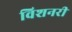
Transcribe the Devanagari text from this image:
विशनरी